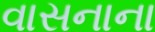
વાસનાના